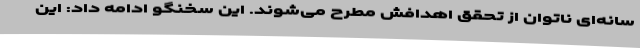
سانه‌ای ناتوان از تحقق اهدافش مطرح می‌شوند. این سخنگو ادامه داد: این